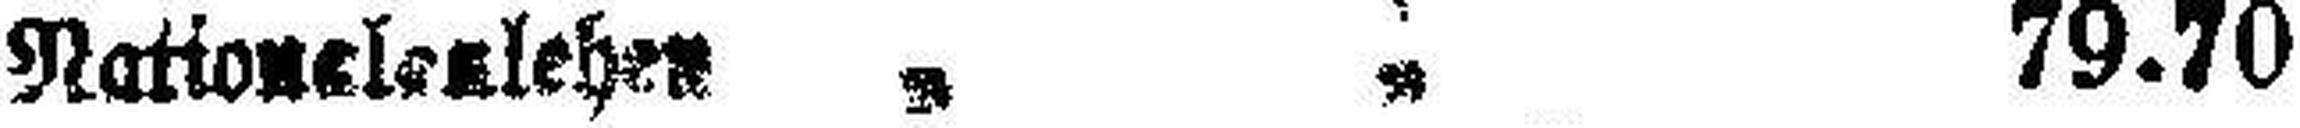
Nationaleslehen „ „ 79.70